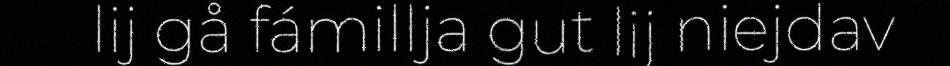
lij gå fámillja gut lij niejdav